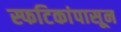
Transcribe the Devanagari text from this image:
स्फटिकांपासून